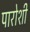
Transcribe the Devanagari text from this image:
पारोशी